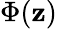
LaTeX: \Phi(\mathbf{z})